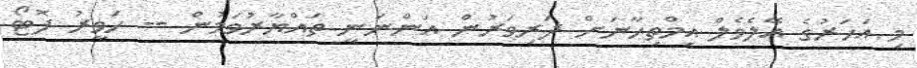
މި އަހަރުގެ އޭލެވެލް އިމްތިހާނަށް ދަރިވަރުން އަންނަނީ ތައްޔާރުވަމުން -- ހަވީރު ފޮޓޯ